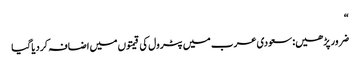
“
ضرور پڑھیں: سعودی عرب میں پٹرول کی قیمتوں میں اضافہ کردیاگیا